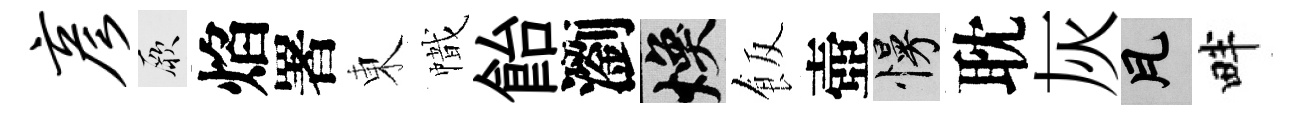
彦厥焰署東幟飴瀏焕飯壺慢耽灰瓦畔